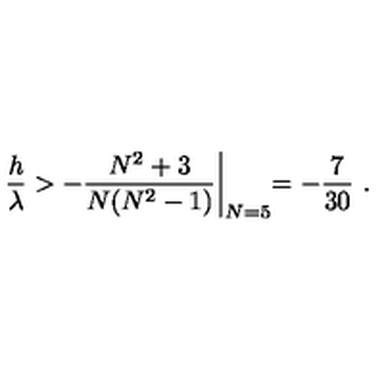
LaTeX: { \frac { h } { \lambda } } > - { \frac { N ^ { 2 } + 3 } { N ( N ^ { 2 } - 1 ) } } \biggl | _ { N = 5 } = - { \frac { 7 } { 3 0 } } \ .